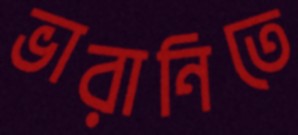
ভারানিতে